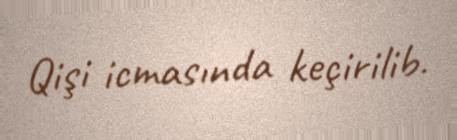
Qişi icmasında keçirilib.